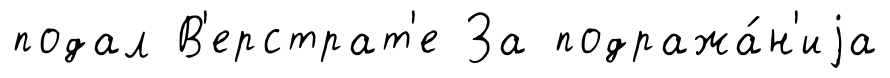
подал В'ерстрат'е За подража́н'иjа